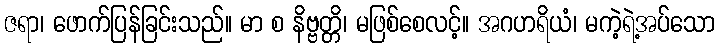
ဇရာ၊ ဖောက်ပြန်ခြင်းသည်။ မာ စ နိဗ္ဗတ္တိ၊ မဖြစ်စေလင့်။ အဂဟရိယံ၊ မကဲ့ရဲ့အပ်သော